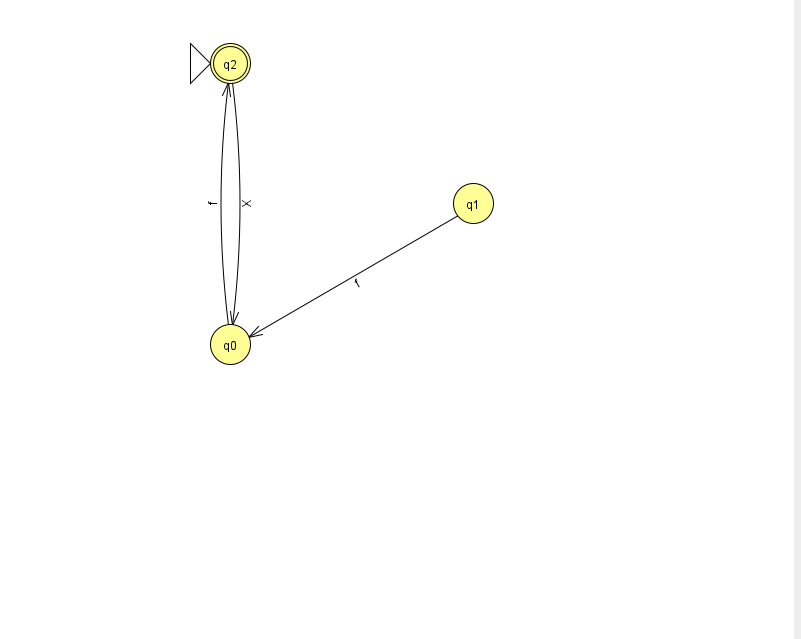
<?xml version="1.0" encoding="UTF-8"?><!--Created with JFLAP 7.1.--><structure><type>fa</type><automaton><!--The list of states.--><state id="0" name="q0"><x>230.0</x><y>331.0</y></state><state id="1" name="q1"><x>473.0</x><y>190.0</y></state><state id="2" name="q2"><x>230.0</x><y>50.0</y><initial/><final/></state><!--The list of transitions.--><transition><from>0</from><to>2</to><read>f</read></transition><transition><from>1</from><to>0</to><read>f</read></transition><transition><from>2</from><to>0</to><read>X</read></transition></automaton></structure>